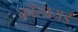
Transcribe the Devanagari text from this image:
कॉलायड